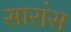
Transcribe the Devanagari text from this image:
सारांस